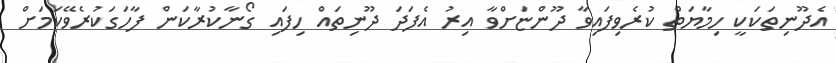
އެދޫނިތަކަކީ ހިމާޔަތް ކުރެވިފައިވާ ދޫންޏަށްވާ އިރު އެފަދަ ދޫނިތައް ހިފައި ގޯނާކުރާކަން ފާހަގަކުރެވޭކަމަށް